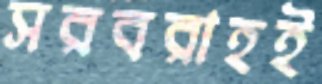
সরবরাহই